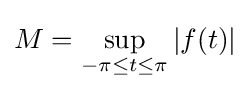
M=\sup _{-\pi \leq t\leq \pi }|f(t)|